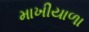
માખીયાળા